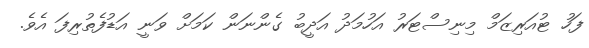
ފަހު ޓުއަރިޒަމް މިނިސްޓަރު އަހުމަދު އަދީބު ގެންނަން ކަމަށް ވަނީ އަޑުފެތުރިފަ އެވެ.